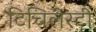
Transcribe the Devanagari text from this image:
टिचिलेस्टी